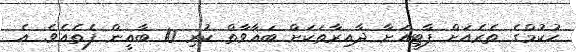
ޙުކުމްގެ ތެރެއަށް ޕާޓީއަށާ ދާއިރާތަކަށް ބަޣާވާތް ކުރި 10 ބާޣީން ފެތެއެވެ. އެ